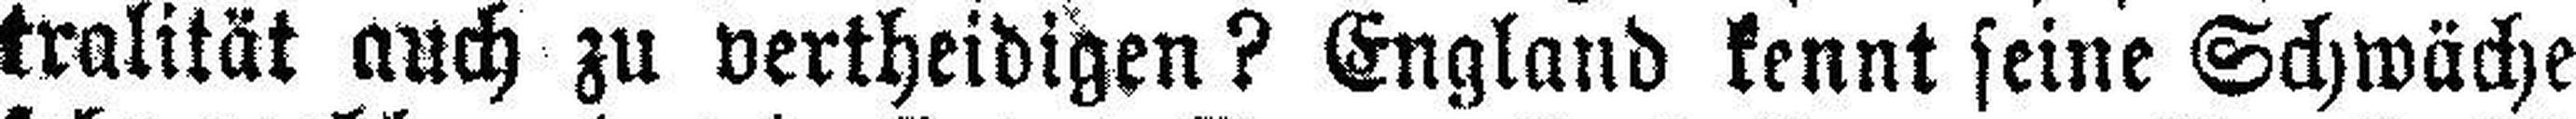
tralität auch zu vertheidigen? England kennt seine Schwäche